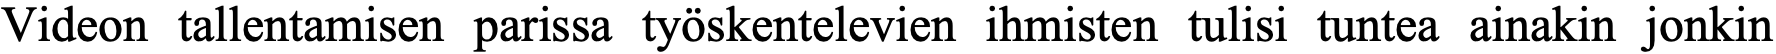
Videon tallentamisen parissa työskentelevien ihmisten tulisi tuntea ainakin jonkin